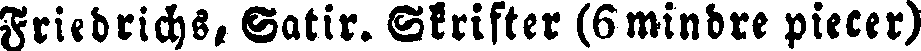
Friedrichs, Satir. Skrifter (6 mindre piecer)